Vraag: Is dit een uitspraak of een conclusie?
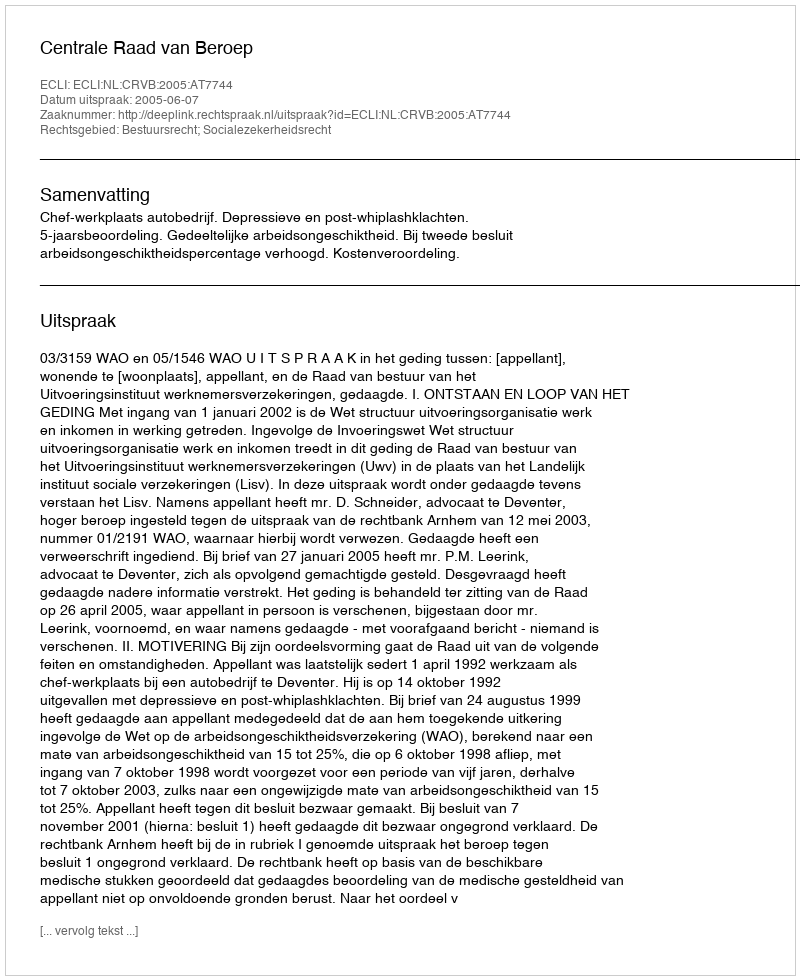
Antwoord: Uitspraak